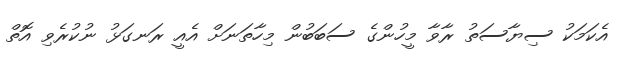
އެކަމަކު ސިޔާސަތު ރާވާ މީހުންގެ ސަބަބުން މިހާތަނަށް އެއީ ރަނގަޅު ނުކުރެވި އޮތް